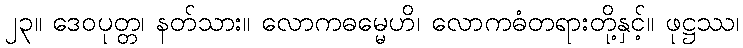
၂၃။ ဒေဝပုတ္တ၊ နတ်သား။ လောကဓမ္မေဟိ၊ လောကဓံတရားတို့နှင့်။ ဖုဋ္ဌဿ၊